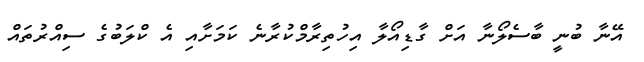
އޭނާ ބުނީ ބާސެލޯނާ އަށް ގާޑިއޯލާ އިހުތިރާމްކުރާނެ ކަމަށާއި އެ ކްލަބުގެ ސިއްރުތައް